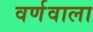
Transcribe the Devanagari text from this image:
वर्णवाला